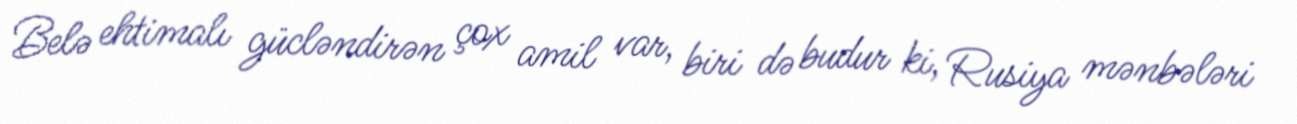
Belə ehtimalı gücləndirən çox amil var, biri də budur ki, Rusiya mənbələri